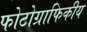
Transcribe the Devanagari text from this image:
फोटोग्राफिकीय